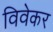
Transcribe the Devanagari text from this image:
विवेकर